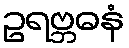
ဥရဗ္ဘဓနံ